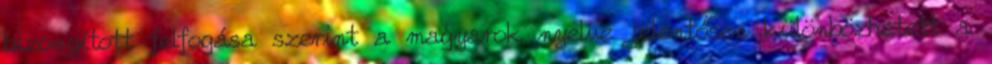
bizonyított felfogása szerint a magyarok nyelve jelentősen különbözhetett a